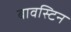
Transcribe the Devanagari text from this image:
बावस्टिन